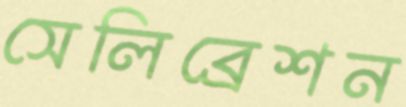
সেলিব্রেশন